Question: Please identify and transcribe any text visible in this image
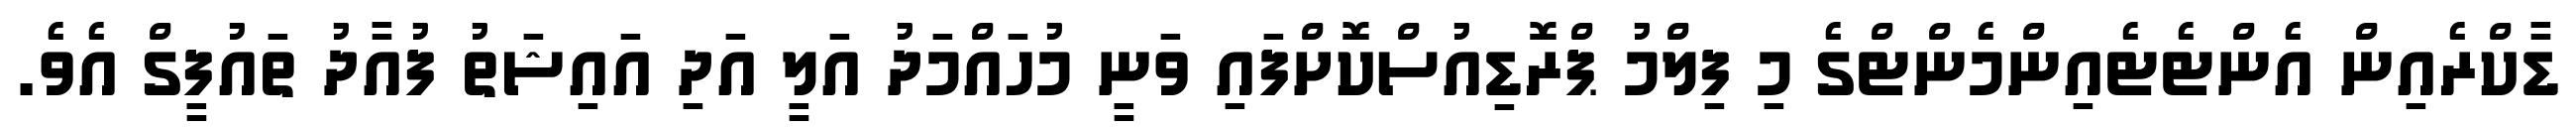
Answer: ޑާކްރެއިން އެންޓެޓެއިންމެންޓްގެ މި ފިލްމު ޕްރޮޑިއުސްކޮށްފައި ވަނީ މުހައްމަދު އަލީ އަދި އައިޝަތު ފުއާދު ތައުފީގް އެވެ.